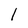
Character: 1